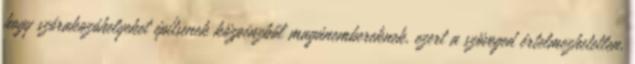
hogy szórakozóhelyeket építsenek közpénzből magánembereknek, ezert a szöveged értelmezhetetlen.